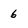
Character: 6